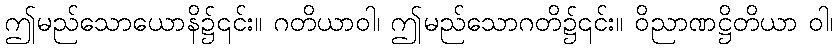
ဤမည်သောယောနိ၌၎င်း။ ဂတိယာဝါ၊ ဤမည်သောဂတိ၌၎င်း။ ဝိညာဏဋ္ဌိတိယာ ဝါ၊